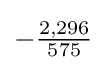
-{\tfrac {2,296}{575}}